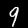
Label: 9